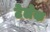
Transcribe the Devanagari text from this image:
टेलेक